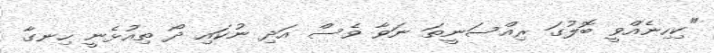
"ކިހިނެއްވީ ބޮލުގަ ރިއްސަނީތަ ނަވާ ވެސް އަދި ނުކައި ދޯ ތިއުޅެނީ ހިނގާ